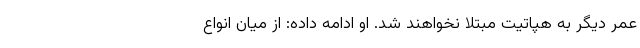
عمر دیگر به هپاتیت مبتلا نخواهند شد. او ادامه داده: از میان انواع